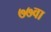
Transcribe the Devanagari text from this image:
७७वा